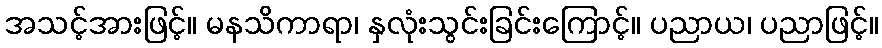
အသင့်အားဖြင့်။ မနသိကာရာ၊ နှလုံးသွင်းခြင်းကြောင့်။ ပညာယ၊ ပညာဖြင့်။